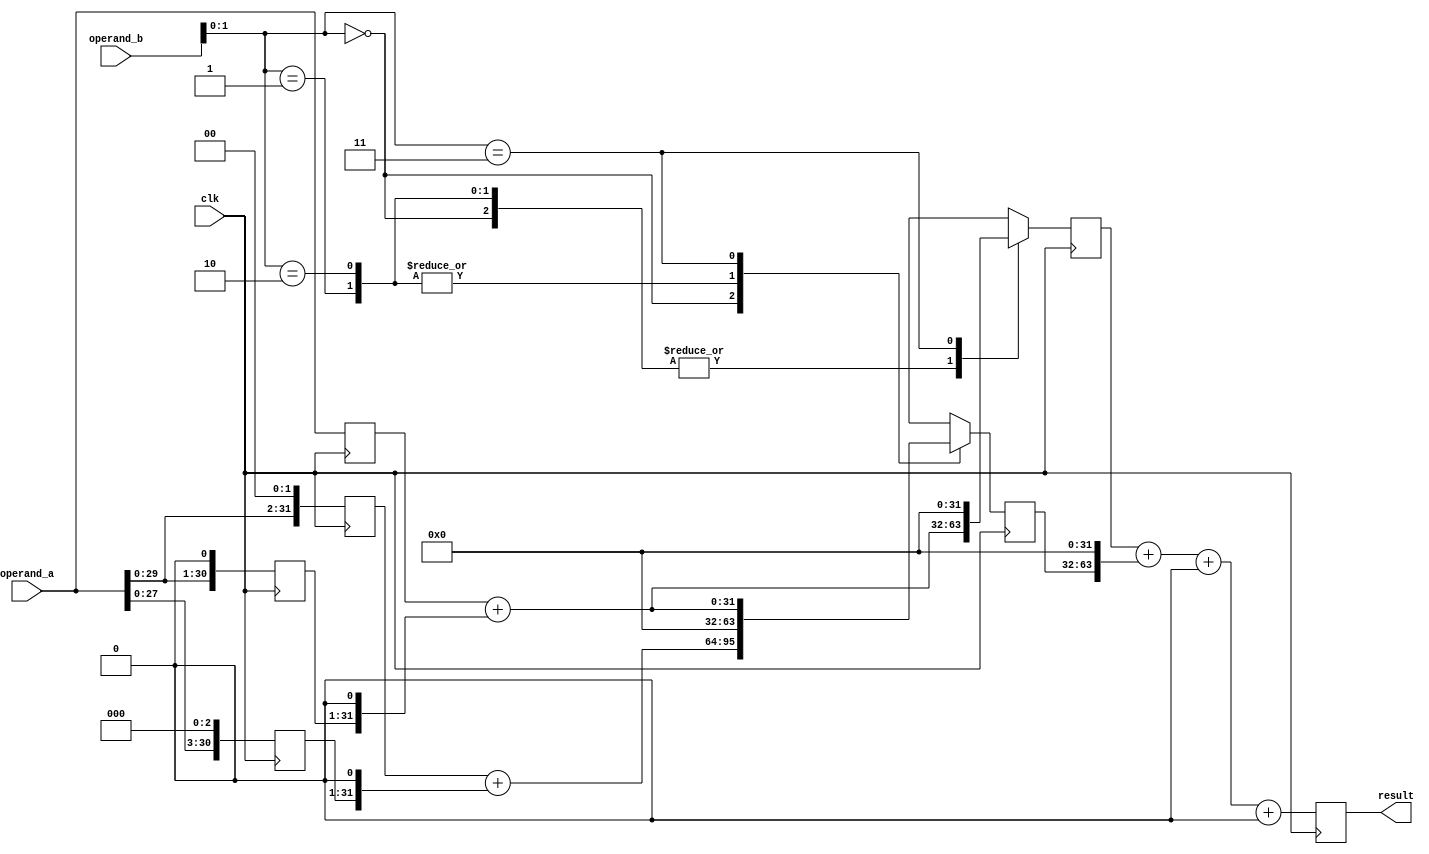
module modified_booth_multiplier(
    input wire clk,
    input wire [31:0] operand_a,
    input wire [31:0] operand_b,
    output wire [63:0] result
);

reg [31:0] partial_product[3:0];
reg [31:0] partial_sum[3:0];

// Partial product generation stage
always @(posedge clk) begin
    partial_product[0] <= operand_a;
    partial_product[1] <= operand_a << 1;
    partial_product[2] <= operand_a << 2;
    partial_product[3] <= operand_a << 3;
end

// Partial product reduction stage
always @(posedge clk) begin
    case(operand_b[1:0])
        2'b00: begin
            partial_sum[0] <= partial_product[0] + (partial_product[1] << 1);
            partial_sum[1] <= partial_product[2] + (partial_product[3] << 1);
            partial_sum[2] <= 0; // No partial product for 2'b00
            partial_sum[3] <= 0; // No partial product for 2'b00
        end
        2'b01: begin
            partial_sum[0] <= partial_product[0] + (partial_product[1] << 1);
            partial_sum[1] <= 0; // No partial product for 2'b01
            partial_sum[2] <= partial_product[2] + (partial_product[3] << 1);
            partial_sum[3] <= 0; // No partial product for 2'b01
        end
        2'b10: begin
            partial_sum[0] <= partial_product[0] + (partial_product[1] << 1);
            partial_sum[1] <= 0; // No partial product for 2'b10
            partial_sum[2] <= 0; // No partial product for 2'b10
            partial_sum[3] <= partial_product[2] + (partial_product[3] << 1);
        end
        2'b11: begin
            partial_sum[0] <= 0; // No partial product for 2'b11
            partial_sum[1] <= partial_product[0] + (partial_product[1] << 1);
            partial_sum[2] <= 0; // No partial product for 2'b11
            partial_sum[3] <= partial_product[2] + (partial_product[3] << 1);
        end
    endcase
end

// Final accumulation stage
always @(posedge clk) begin
    result <= partial_sum[0] + (partial_sum[1] << 32) + (partial_sum[2] << 64) + (partial_sum[3] << 96);
end

endmodule